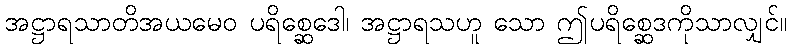
အဋ္ဌာရသာတိအယမေဝ ပရိစ္ဆေဒေါ၊ အဋ္ဌာရသဟူ သော ဤပရိစ္ဆေဒကိုသာလျှင်။